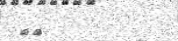
٢٣